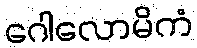
ဂေါလောမိကံ